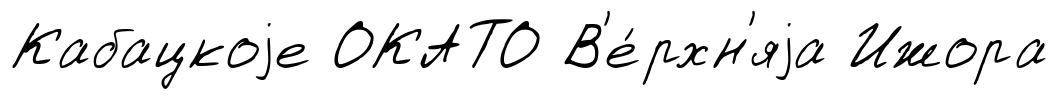
Кабацкоjе ОКАТО В'е́рхн'яjа Ижора